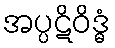
အပ္ပဋိဝိဒ္ဓံ